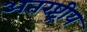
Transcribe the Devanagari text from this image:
अतरष्ट्रीय